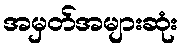
အမှတ်အများဆုံး